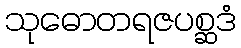
သုဓောတရဇပစ္ဆဒံ